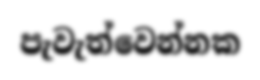
පැවැත්වෙන්නක